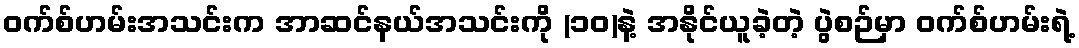
၀က်စ်ဟမ်းအသင်းက အာဆင်နယ်အသင်းကို (၁ဝ)နဲ့ အနိုင်ယူခဲ့တဲ့ ပွဲစဉ်မှာ ဝက်စ်ဟမ်းရဲ့